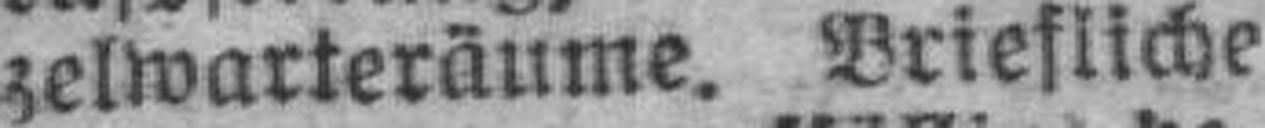
zelwarteräume. Briefliche